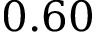
0 . 6 0